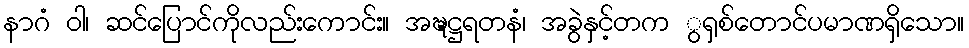
နာဂံ ဝါ၊ ဆင်ပြောင်ကိုလည်းကောင်း။ အဍ္ဎဋ္ဌရတနံ၊ အခွဲနှင့်တက ွရှစ်တောင်ပမာဏရှိသော။